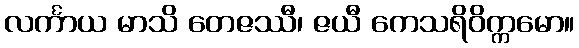
လင်္ကာယ မာသိ တေဇဿီ၊ ဇယီ ကေသရိဝိက္ကမော။